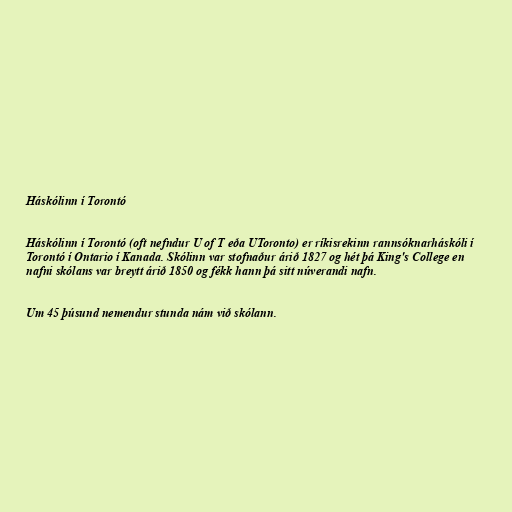
Háskólinn í Torontó

Háskólinn í Torontó (oft nefndur U of T eða UToronto) er ríkisrekinn rannsóknarháskóli í
Torontó í Ontario í Kanada. Skólinn var stofnaður árið 1827 og hét þá King's College en
nafni skólans var breytt árið 1850 og fékk hann þá sitt núverandi nafn.

Um 45 þúsund nemendur stunda nám við skólann.